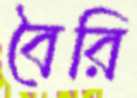
বৈরি